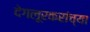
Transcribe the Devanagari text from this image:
देगलूरकरांच्या